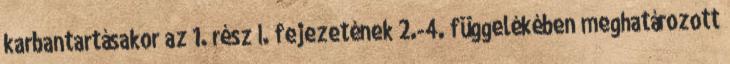
karbantartásakor az 1. rész I. fejezetének 2.-4. függelékében meghatározott